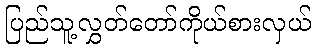
ပြည်သူ့လွှတ်တော်ကိုယ်စားလှယ်